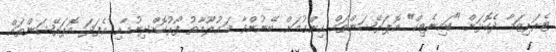
ޓެރަރިޒަމާ ދެކޮޅަށް "ކައިނެޓިކް" އޮޕަރޭޝަންތައް ހިންގުމަށް ބޭނުންވާ މަޢުލޫމާތު ފޯރުކޮށްދިނުމާއި އެފަދަ އޮޕަރޭޝަންތައް